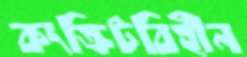
কংক্রিটবিহীন